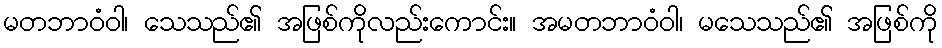
မတဘာဝံဝါ၊ သေသည်၏ အဖြစ်ကိုလည်းကောင်း။ အမတဘာဝံဝါ၊ မသေသည်၏ အဖြစ်ကို